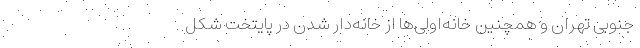
جنوبی تهران و همچنین خانه‌‌اولی‌‌ها از خانه‌‌دار شدن در پایتخت شکل